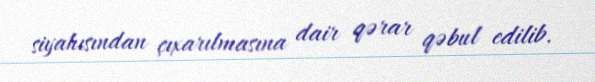
siyahısından çıxarılmasına dair qərar qəbul edilib.